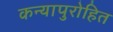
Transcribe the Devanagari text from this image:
कन्यापुरोहित